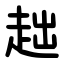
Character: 趉